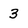
Character: 3